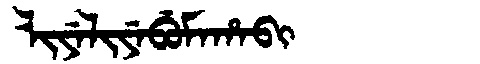
Manchu: ᠯᡳᠶᡝᠯᡳᠶᡝᠪᡠᠮᠠᡥᠠᠪᡳ
Romanization: LIYELIYEBUMAHABI